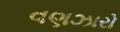
વણઝારો